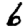
Digit: 6